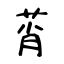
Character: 莦